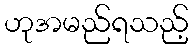
ဟုအမည်ရသည့်